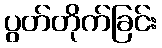
ပွတ်တိုက်ခြင်း